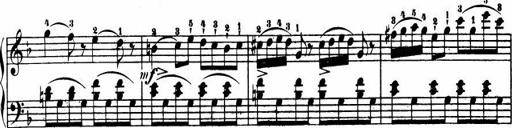
Title: Le bouquetier
Composer: Anton Diabelli
Key: G major
 C major
 F major
 C major